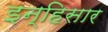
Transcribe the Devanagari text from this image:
इन्हिसार